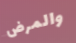
والمرض